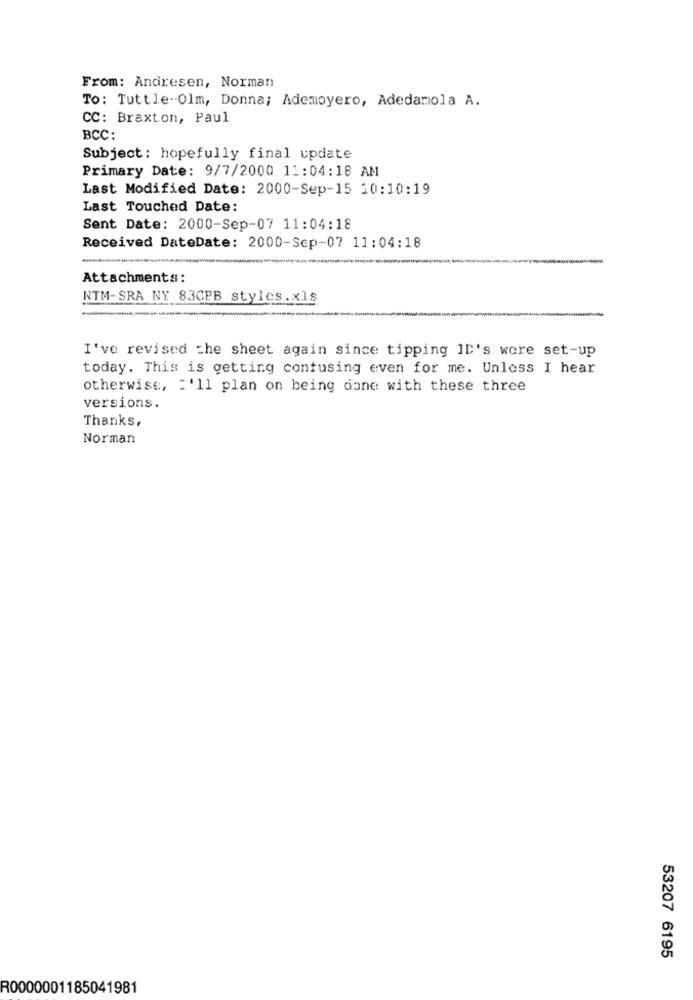
From: Andresen, Norman
To: Tuttle-Olm, Donna; Ademoyero, Adedamola A.
CC: Braxton, Paul
BCC:
Subject: hopefully final update
Primary Date: 9/7/2000 11:04:18 AM
Last Modified Date: 2000-Sep-15 10:10:19
Last Touched Date:
Sent Date: 2000-Sep-07 11:04:18
Received DateDate: 2000-Sep-07 11:04:18
Attachments:
NTM-SRA NY 83CPB styles.xls
I've revised the sheet again since tipping ID's were set-up
today. This is getting confusing even for me. Unless I hear
otherwise, : '11 plan on being done with these three
versions.
Thanks,
Norman
53207 6195
R0000001185041981